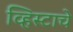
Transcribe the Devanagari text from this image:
व्हिस्टाचे